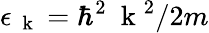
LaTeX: \epsilon_{\mathrm{~\mathbf~k~}}=\hbar^{2}\mathrm{~\mathbf~k~}^{2}/2m